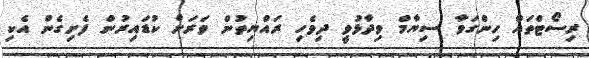
ރިސޯޓްތައް ހިންގަވާ ސިޔާމް ވިދާޅުވީ ދިވެހި ރައްޔިތުން ވަރަށް ކުޑައިރުން ފެށިގެން އެކި